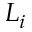
L _ { i }